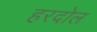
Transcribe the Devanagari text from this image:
हरदोल